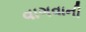
વાગવાની